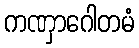
ကဏှာဂေါတမံ